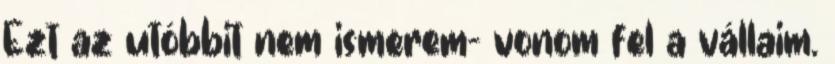
Ezt az utóbbit nem ismerem- vonom fel a vállaim.